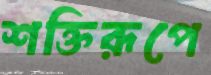
শক্তিরূপে